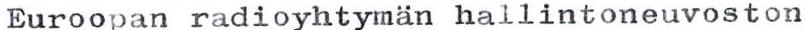
Euroopan radioyhtymän hallintoneuvoston